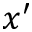
x ^ { \prime }